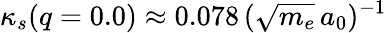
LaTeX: \kappa_{s}(q=0.0)\approx 0.078\, (\sqrt{m_{e}}\, a_{0})^{-1}